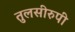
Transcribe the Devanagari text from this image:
तुलसीरुपी